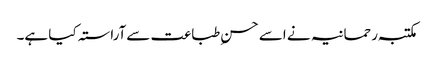
مکتبہ رحمانیہ نے اسے حسن ِطباعت سےآراستہ کیا ہے۔